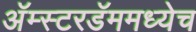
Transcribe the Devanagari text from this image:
अॅम्स्टरडॅममध्येच